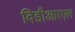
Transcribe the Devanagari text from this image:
विडीआरएल